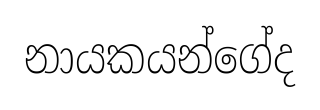
නායකයන්ගේද